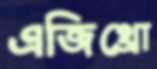
এজিথ্রো